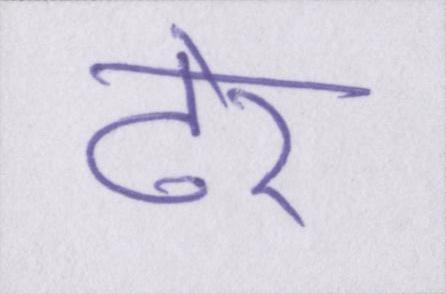
ढेर